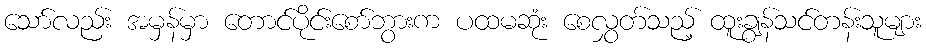
သော်လည်း အမှန်မှာ တောင်ပိုင်းစော်ဘွားက ပထမဆုံး စေလွှတ်သည့် ထူးချွန်သင်တန်းသူများ